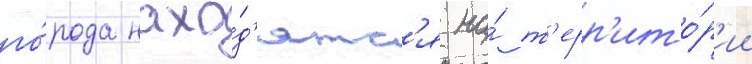
го́рода нахо́д'ятс'я на́ т'ерр'ито́р'ии